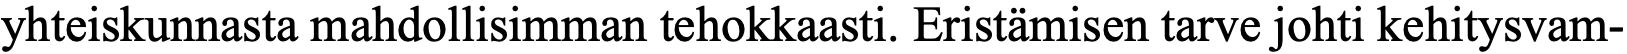
yhteiskunnasta mahdollisimman tehokkaasti. Eristämisen tarve johti kehitysvam-